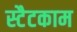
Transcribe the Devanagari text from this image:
स्टैटकाम